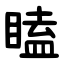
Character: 瞌